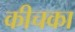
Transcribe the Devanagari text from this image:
कीचका